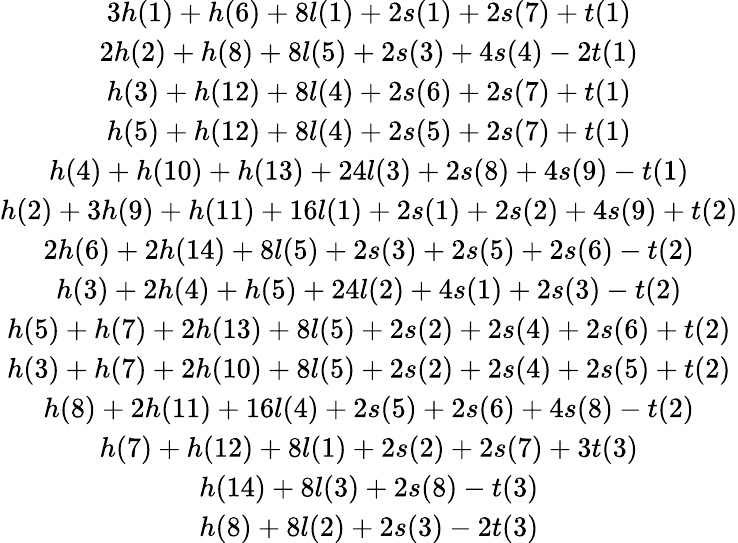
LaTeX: \begin{array}{c}{{{3h(1)+h(6)+8l(1)+2s(1)+2s(7)+t(1)}}}\\ {{{2h(2)+h(8)+8l(5)+2s(3)+4s(4)-2t(1)}}}\\ {{{h(3)+h(12)+8l(4)+2s(6)+2s(7)+t(1)}}}\\ {{{h(5)+h(12)+8l(4)+2s(5)+2s(7)+t(1)}}}\\ {{{h(4)+h(10)+h(13)+24l(3)+2s(8)+4s(9)-t(1)}}}\\ {{{h(2)+3h(9)+h(11)+16l(1)+2s(1)+2s(2)+4s(9)+t(2)}}}\\ {{{2h(6)+2h(14)+8l(5)+2s(3)+2s(5)+2s(6)-t(2)}}}\\ {{{h(3)+2h(4)+h(5)+24l(2)+4s(1)+2s(3)-t(2)}}}\\ {{{h(5)+h(7)+2h(13)+8l(5)+2s(2)+2s(4)+2s(6)+t(2)}}}\\ {{{h(3)+h(7)+2h(10)+8l(5)+2s(2)+2s(4)+2s(5)+t(2)}}}\\ {{{h(8)+2h(11)+16l(4)+2s(5)+2s(6)+4s(8)-t(2)}}}\\ {{{h(7)+h(12)+8l(1)+2s(2)+2s(7)+3t(3)}}}\\ {{{h(14)+8l(3)+2s(8)-t(3)}}}\\ {{{h(8)+8l(2)+2s(3)-2t(3)}}}\end{array}